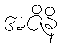
အဇိနိ